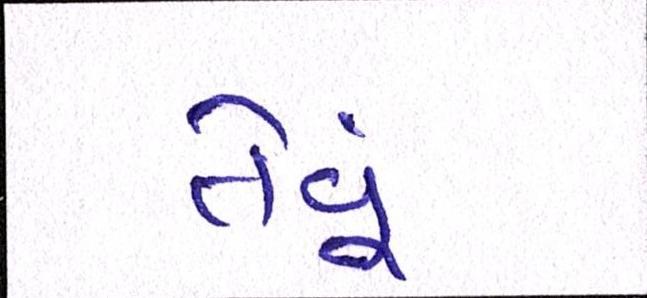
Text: તેવૂં